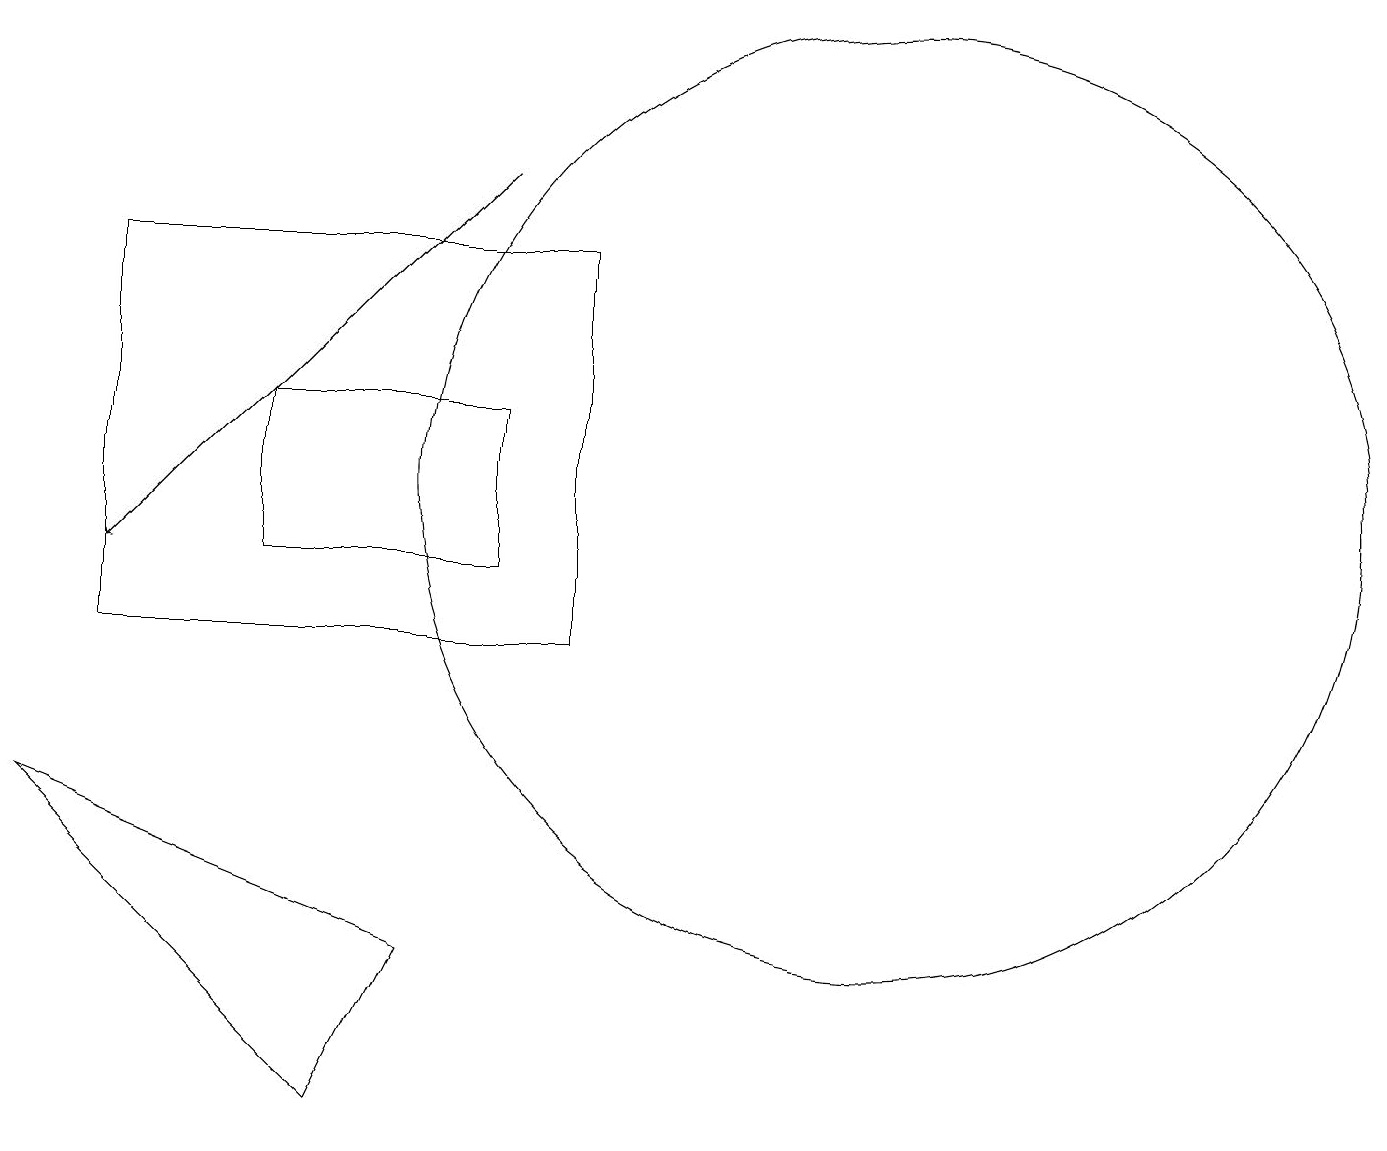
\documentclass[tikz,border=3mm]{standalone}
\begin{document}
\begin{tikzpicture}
\draw[->] (6,16) -- (1,11);
\draw (11,12) circle (6);
\draw (6,13) rectangle (3,11);
\draw (1,10) rectangle (7,15);
\draw (4,4) -- (0,8) -- (5,6) -- cycle;
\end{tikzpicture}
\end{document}